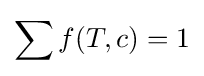
\sum f(T,c)=1